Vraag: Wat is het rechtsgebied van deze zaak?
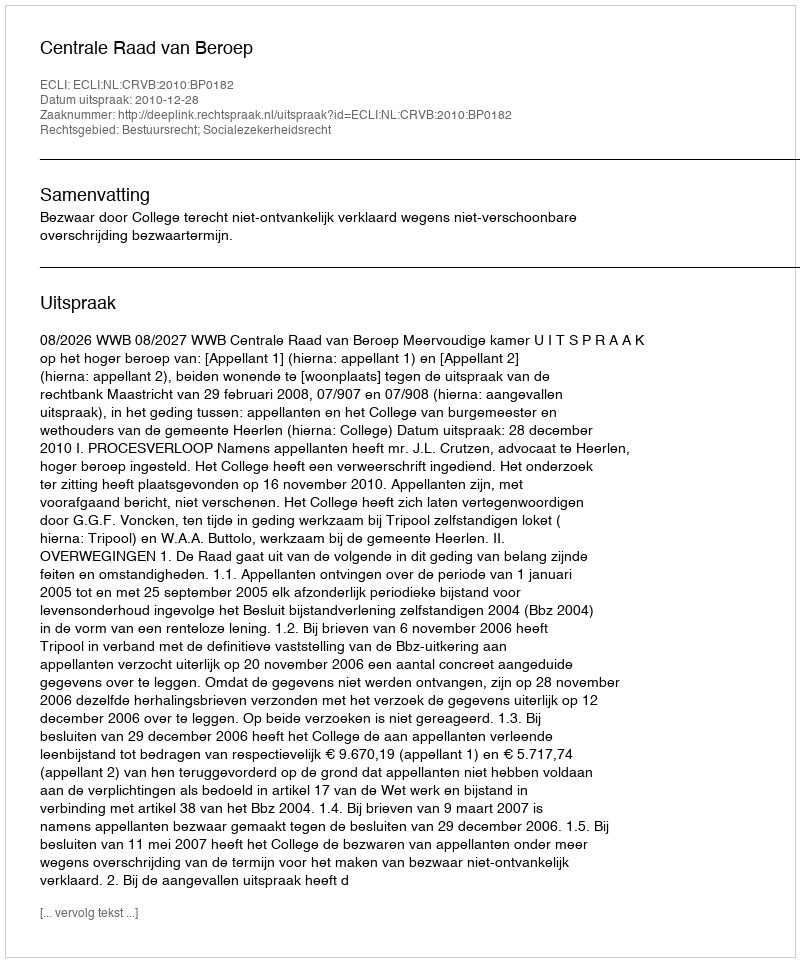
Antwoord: Bestuursrecht; Socialezekerheidsrecht